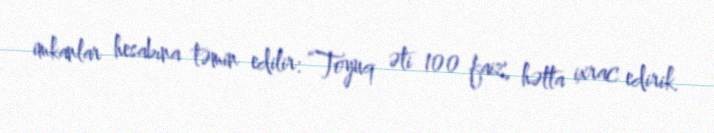
imkanlar hesabına təmin edilir: “Toyuq əti 100 faiz, hətta ixrac edirik.